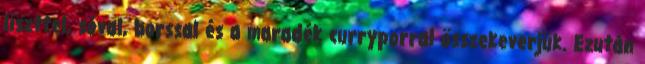
liszttel, sóval, borssal és a maradék curryporral összekeverjük. Ezután